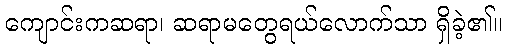
ကျောင်းကဆရာ၊ ဆရာမတွေရယ်လောက်သာ ရှိခဲ့၏။